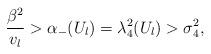
LaTeX: \begin{align*}\frac{\beta^2}{v_l}>\alpha_-(U_l)=\lambda_{4}^2(U_l)>\sigma_4^2,\end{align*}